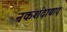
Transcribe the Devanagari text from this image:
नकशंदाबाद